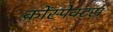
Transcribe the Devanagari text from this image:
कोंस्पेक्टस